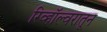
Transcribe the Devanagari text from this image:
रिव्हॉल्वरातून